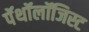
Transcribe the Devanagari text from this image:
पॅथॉलॉजिस्ट